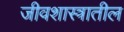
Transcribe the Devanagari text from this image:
जीवशास्त्रातील